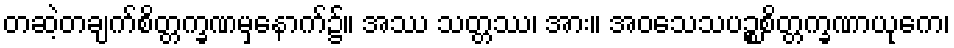
တဆဲ့တချက်စိတ္တက္ခဏမှနောက်၌။ အဿ သတ္တဿ၊ အား။ အဝသေသပဉ္စစိတ္တက္ခဏာယုကေ၊